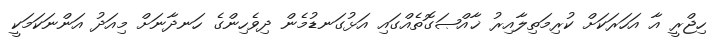
ހިޖްރީ އާ އަހަރަކަށް ކުރިމަތިލާއިރު ޚާއްޞަގޮތެއްގައި އަޅުގަނޑުމެން ދިވެހިންގެ ހަނދާނަށް މިއަދު އަންނަކަމަކީ